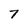
Character: 7